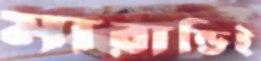
মারান্ডিই